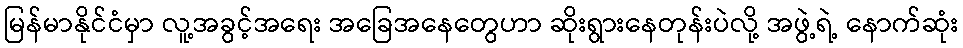
မြန်မာနိုင်ငံမှာ လူ့အခွင့်အရေး အခြေအနေတွေဟာ ဆိုးရွားနေတုန်းပဲလို့ အဖွဲ့ရဲ့ နောက်ဆုံး